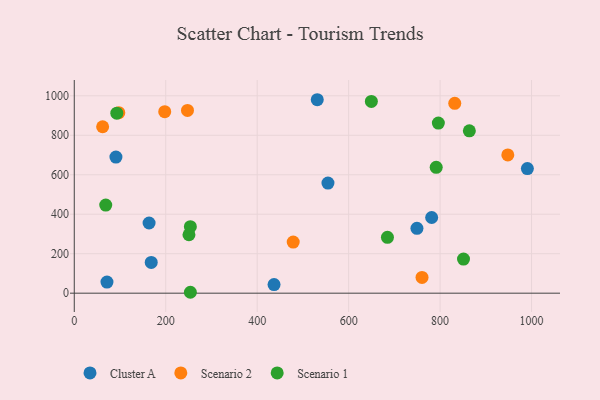
{"axis": {"x": "Distance", "y": "Sales"}, "legend": ["Cluster A", "Scenario 1", "Scenario 2"], "data": [{"x": "554.8", "y": 558.0, "type": "Cluster A"}, {"x": "163.6", "y": 355.4, "type": "Cluster A"}, {"x": "781.6", "y": 383.5, "type": "Cluster A"}, {"x": "91.1", "y": 689.6, "type": "Cluster A"}, {"x": "436.9", "y": 43.7, "type": "Cluster A"}, {"x": "71.5", "y": 56.3, "type": "Cluster A"}, {"x": "749.4", "y": 328.8, "type": "Cluster A"}, {"x": "990.9", "y": 631.0, "type": "Cluster A"}, {"x": "168.3", "y": 155.9, "type": "Cluster A"}, {"x": "531.4", "y": 980.0, "type": "Cluster A"}, {"x": "478.8", "y": 258.8, "type": "Scenario 2"}, {"x": "832.1", "y": 962.0, "type": "Scenario 2"}, {"x": "760.5", "y": 79.8, "type": "Scenario 2"}, {"x": "97.4", "y": 914.5, "type": "Scenario 2"}, {"x": "948.1", "y": 700.4, "type": "Scenario 2"}, {"x": "62.0", "y": 843.1, "type": "Scenario 2"}, {"x": "247.6", "y": 925.7, "type": "Scenario 2"}, {"x": "197.8", "y": 919.4, "type": "Scenario 2"}, {"x": "791.5", "y": 637.5, "type": "Scenario 1"}, {"x": "93.0", "y": 911.7, "type": "Scenario 1"}, {"x": "253.9", "y": 4.6, "type": "Scenario 1"}, {"x": "68.8", "y": 446.4, "type": "Scenario 1"}, {"x": "250.8", "y": 296.0, "type": "Scenario 1"}, {"x": "796.2", "y": 861.6, "type": "Scenario 1"}, {"x": "864.0", "y": 822.7, "type": "Scenario 1"}, {"x": "684.9", "y": 283.2, "type": "Scenario 1"}, {"x": "253.9", "y": 337.0, "type": "Scenario 1"}, {"x": "649.7", "y": 971.4, "type": "Scenario 1"}, {"x": "851.2", "y": 172.8, "type": "Scenario 1"}]}